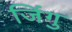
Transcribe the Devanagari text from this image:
जिंगु